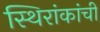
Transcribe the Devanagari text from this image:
स्थिरांकांची